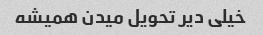
خیلی دیر تحویل میدن همیشه